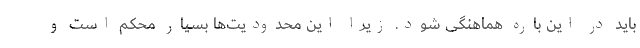
باید در این باره هماهنگی شود. زیرا این محدودیت‌ها بسیار محکم است و